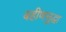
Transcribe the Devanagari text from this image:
बहीणसुद्धा